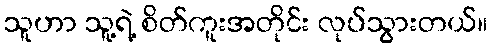
သူဟာ သူ့ရဲ့ စိတ်ကူးအတိုင်း လုပ်သွားတယ်။